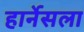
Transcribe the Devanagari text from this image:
हार्नेसला